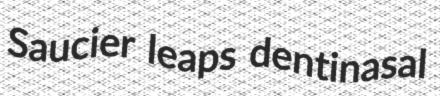
Saucier leaps dentinasal